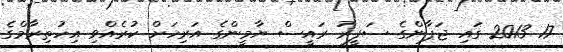
17 2013 ގައި ޖަޕާންގެ ސަފީރު ރައީސް ޔާމީންގެ އަރިހަށް ކުރެެއްވި އިހުތިރާމްގެ